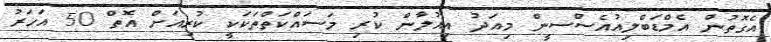
އެގޮތުން އެމްޑަބްލިއުއެސްސީން މިއަދު އިއުލާން ކުރި މަސައްކަތްތަކަކީ ކުރިއަށް އޮތް 50 އަހަރު